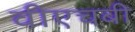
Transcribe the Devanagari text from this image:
वीएचबी